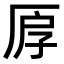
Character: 𠩞